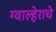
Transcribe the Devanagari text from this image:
ग्वाल्हेराचे